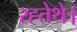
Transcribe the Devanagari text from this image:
रह्तेथे।